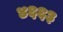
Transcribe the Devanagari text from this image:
४६६३